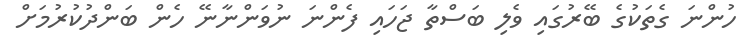
ހުންނަ ގެތަކުގެ ބޭރުގައި ވެލި ބަސްތާ ޖަހައި ފެންނަ ނުވަންނާނޭ ހެން ބަންދުކުރުމަށް